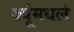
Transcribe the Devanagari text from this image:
ज्यूंमधले